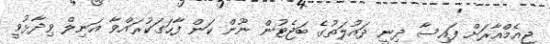
ޖީއެމްއާރަށް ފައިސާ ދިނީ ދައުލަތުގެ ބަޖެޓުން ނޫން ކަަން ފާހަގަކުރައްވާ އަނިލް ވިދާޅުވީ